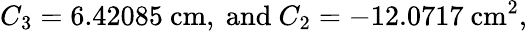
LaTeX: C_{3}=6.42085\ \mathrm{cm},\ \mathrm{and}\ C_{2}=-12.0717\ \mathrm{cm}^{2},